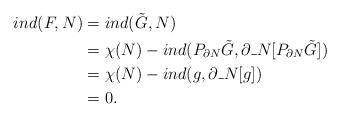
LaTeX: \begin{align*}ind(F,N) &= ind(\tilde{G},N) \\&= \chi(N) - ind(P_{\partial N}\tilde{G},\partial\_N[P_{\partial N}\tilde{G}]) \\&= \chi(N) - ind(g,\partial\_ N[g]) \\&= 0.\end{align*}